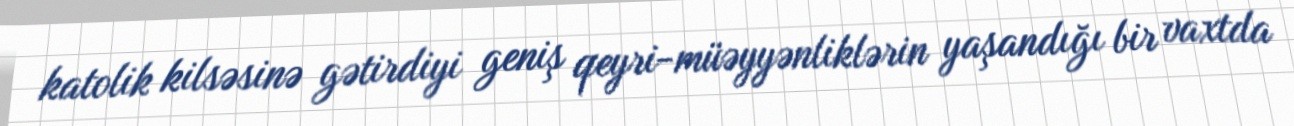
katolik kilsəsinə gətirdiyi geniş qeyri-müəyyənliklərin yaşandığı bir vaxtda